Malaria in the Andamans - Number 56
Disease focus: Malaria
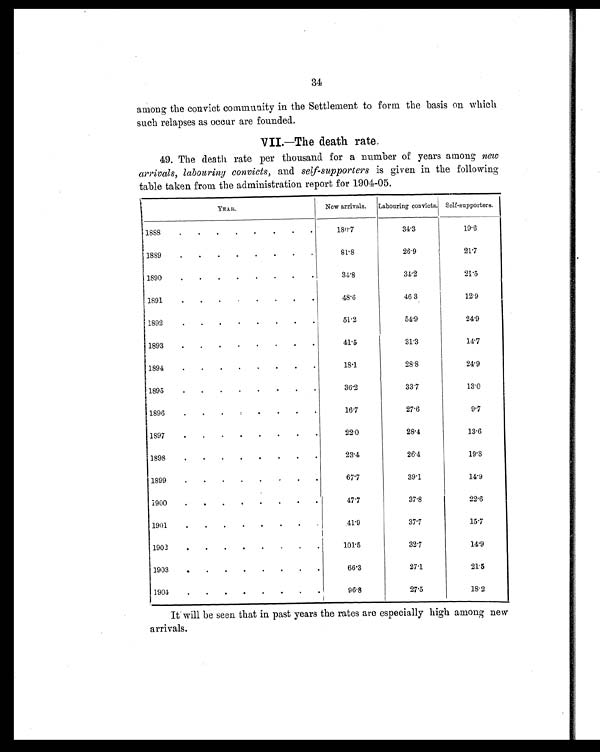
34
among the convict community in the Settlement to form the basis on which
such relapses as occur are founded.
VII.—The death rate.
49. The death rate per thousand for a number of years among new
arrivals, labouring convicts, and self-supporters is given in the following
table taken from the administration report for 1904-05.
YEAR.
New arrivals. Labouring convicts. Self-supporters.
1888
. . . . . . . .
180.7
3 4 . 3
1 9 . 6
1889
.
.
.
.
. . . .
81.8
2 6 . 9
2 1 . 7
1890
.
.
. . . . . .
34.8
3 4 . 2
21.5
1891
.
. . . . . . .
48.6
4 6 . 3
1 2 . 9
1892
.
.
.
. . . . .
51.2
5 4 . 9
2 4 . 9
1893
.
.
.
.
.
.
. .
41.5
3 1 . 3
1 4 . 7
1894
. . . . . . . .
18.1
2 8 . 8
2 4 . 9
1895
.
.
.
.
.
. . .
36.2
3 3 . 7
1 3 . 0
1896
.
.
.
. . .
16.7
2 7 . 6
9.7
1897
. . . . . . . .
22.0
2 8 . 4
1 3 . 6
1898
.
. . . . . . .
23.4
2 6 . 4
1 9 . 8
1899
.
.
. . . . . .
67.7
3 9 . 1
1 4 . 9
1900
.
.
.
.
. . . .
47.7
3 7 . 8
2 2 . 6
1901
.
. . . . . . .
41.9
3 7 . 7
1 5 . 7
1902
. . . . . . . .
101.5
3 2 . 7
1 4 . 9
1903
. . . . . . . .
66.3
2 7 . 1
21.5
1904 . . . . . . .
96.8
2 7 . 5
1 8 . 2
It will be seen that in past years the rates are especially high among new
arrivals.